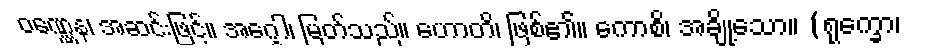
ဝဏ္ဏေန၊ အဆင်းဖြင့်။ အဂ္ဂေါ၊ မြတ်သည်။ ဟောတိ၊ ဖြစ်၏။ ကောစိ၊ အချို့သော။ (ရုက္ခော၊